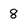
Character: 8